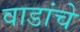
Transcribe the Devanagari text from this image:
वाडांचे